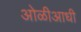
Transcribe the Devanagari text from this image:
ओळीआधी